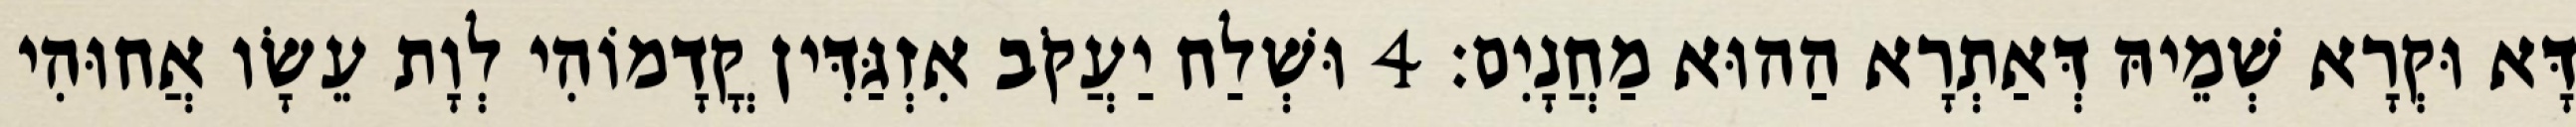
דָּא וּקְרָא שְׁמֵיהּ דְּאַתְרָא הַהוּא מַחֲנָיִם׃ 4 וּשְׁלַח יַעֲקֹב אִזְגַּדִּין קֳדָמוֹהִי לְוָת עֵשָׂו אֲחוּהִי